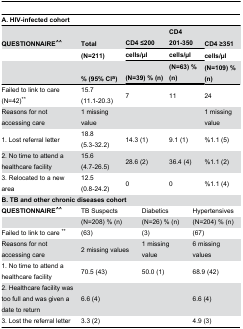
<table><thead><tr><td colspan="7"><b>A. HIV-infected cohort</b></td></tr><tr><td><b>QUESTIONNAIRE^^</b></td><td><b>Total</b></td><td colspan="2"><b>CD4 ≤200</b></td><td colspan="2"><b>CD4 201-350</b></td><td><b>CD4 ≥351</b></td></tr><tr><td></td><td><b>(N=211)</b></td><td colspan="2"><b>cells/μl</b></td><td colspan="2"><b>cells/μl</b></td><td><b>cells/μl</b></td></tr><tr><td></td><td><b>% (95% CI<sup>a</sup>)</b></td><td colspan="2"><b>(N=39) % (n)</b></td><td colspan="2"><b>(N=63) % (n)</b></td><td><b>(N=109) % (n)</b></td></tr></thead><tbody><tr><td>Failed to link to care (N=42)**</td><td>15.7 (11.1-20.3)</td><td colspan="2">7</td><td colspan="2">11</td><td>24</td></tr><tr><td>Reasons for not accessing care</td><td>1 missing value</td><td colspan="2"></td><td colspan="2"></td><td>1 missing value</td></tr><tr><td>1. Lost referral letter </td><td>18.8 (5.3-32.2)</td><td colspan="2">14.3 (1)</td><td colspan="2">9.1 (1)</td><td>%1.1 (5)</td></tr><tr><td>2. No time to attend a healthcare facility</td><td>15.6 (4.7-26.5)</td><td colspan="2">28.6 (2)</td><td colspan="2">36.4 (4)</td><td>%1.1 (2)</td></tr><tr><td>3. Relocated to a new area </td><td>12.5 (0.8-24.2)</td><td colspan="2">0</td><td colspan="2">0</td><td>%1.1 (4)</td></tr><tr><td colspan="7"><b>B. TB and other chronic diseases cohort</b></td></tr><tr><td><b>QUESTIONNAIRE^^</b></td><td colspan="2">TB Suspects</td><td colspan="2">Diabetics</td><td colspan="2">Hypertensives</td></tr><tr><td></td><td colspan="2">(N=208) % (n)</td><td colspan="2">(N=26) % (n)</td><td colspan="2">(N=204) % (n)</td></tr><tr><td>Failed to link to care **</td><td colspan="2">(63) </td><td colspan="2">(3) </td><td colspan="2">(67) </td></tr><tr><td>Reasons for not accessing care</td><td colspan="2">2 missing values</td><td colspan="2">1 missing value</td><td colspan="2">6 missing values</td></tr><tr><td>1. No time to attend a healthcare facility</td><td colspan="2">70.5 (43)</td><td colspan="2">50.0 (1)</td><td colspan="2">68.9 (42)</td></tr><tr><td>2. Healthcare facility was too full and was given a date to return</td><td colspan="2">6.6 (4)</td><td colspan="2"></td><td colspan="2">6.6 (4)</td></tr><tr><td>3. Lost the referral letter </td><td colspan="2">3.3 (2)</td><td colspan="2"></td><td colspan="2">4.9 (3)</td></tr></tbody></table>